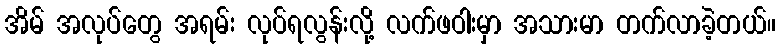
အိမ် အလုပ်တွေ အရမ်း လုပ်ရလွန်းလို့ လက်ဖဝါးမှာ အသားမာ တက်လာခဲ့တယ်။